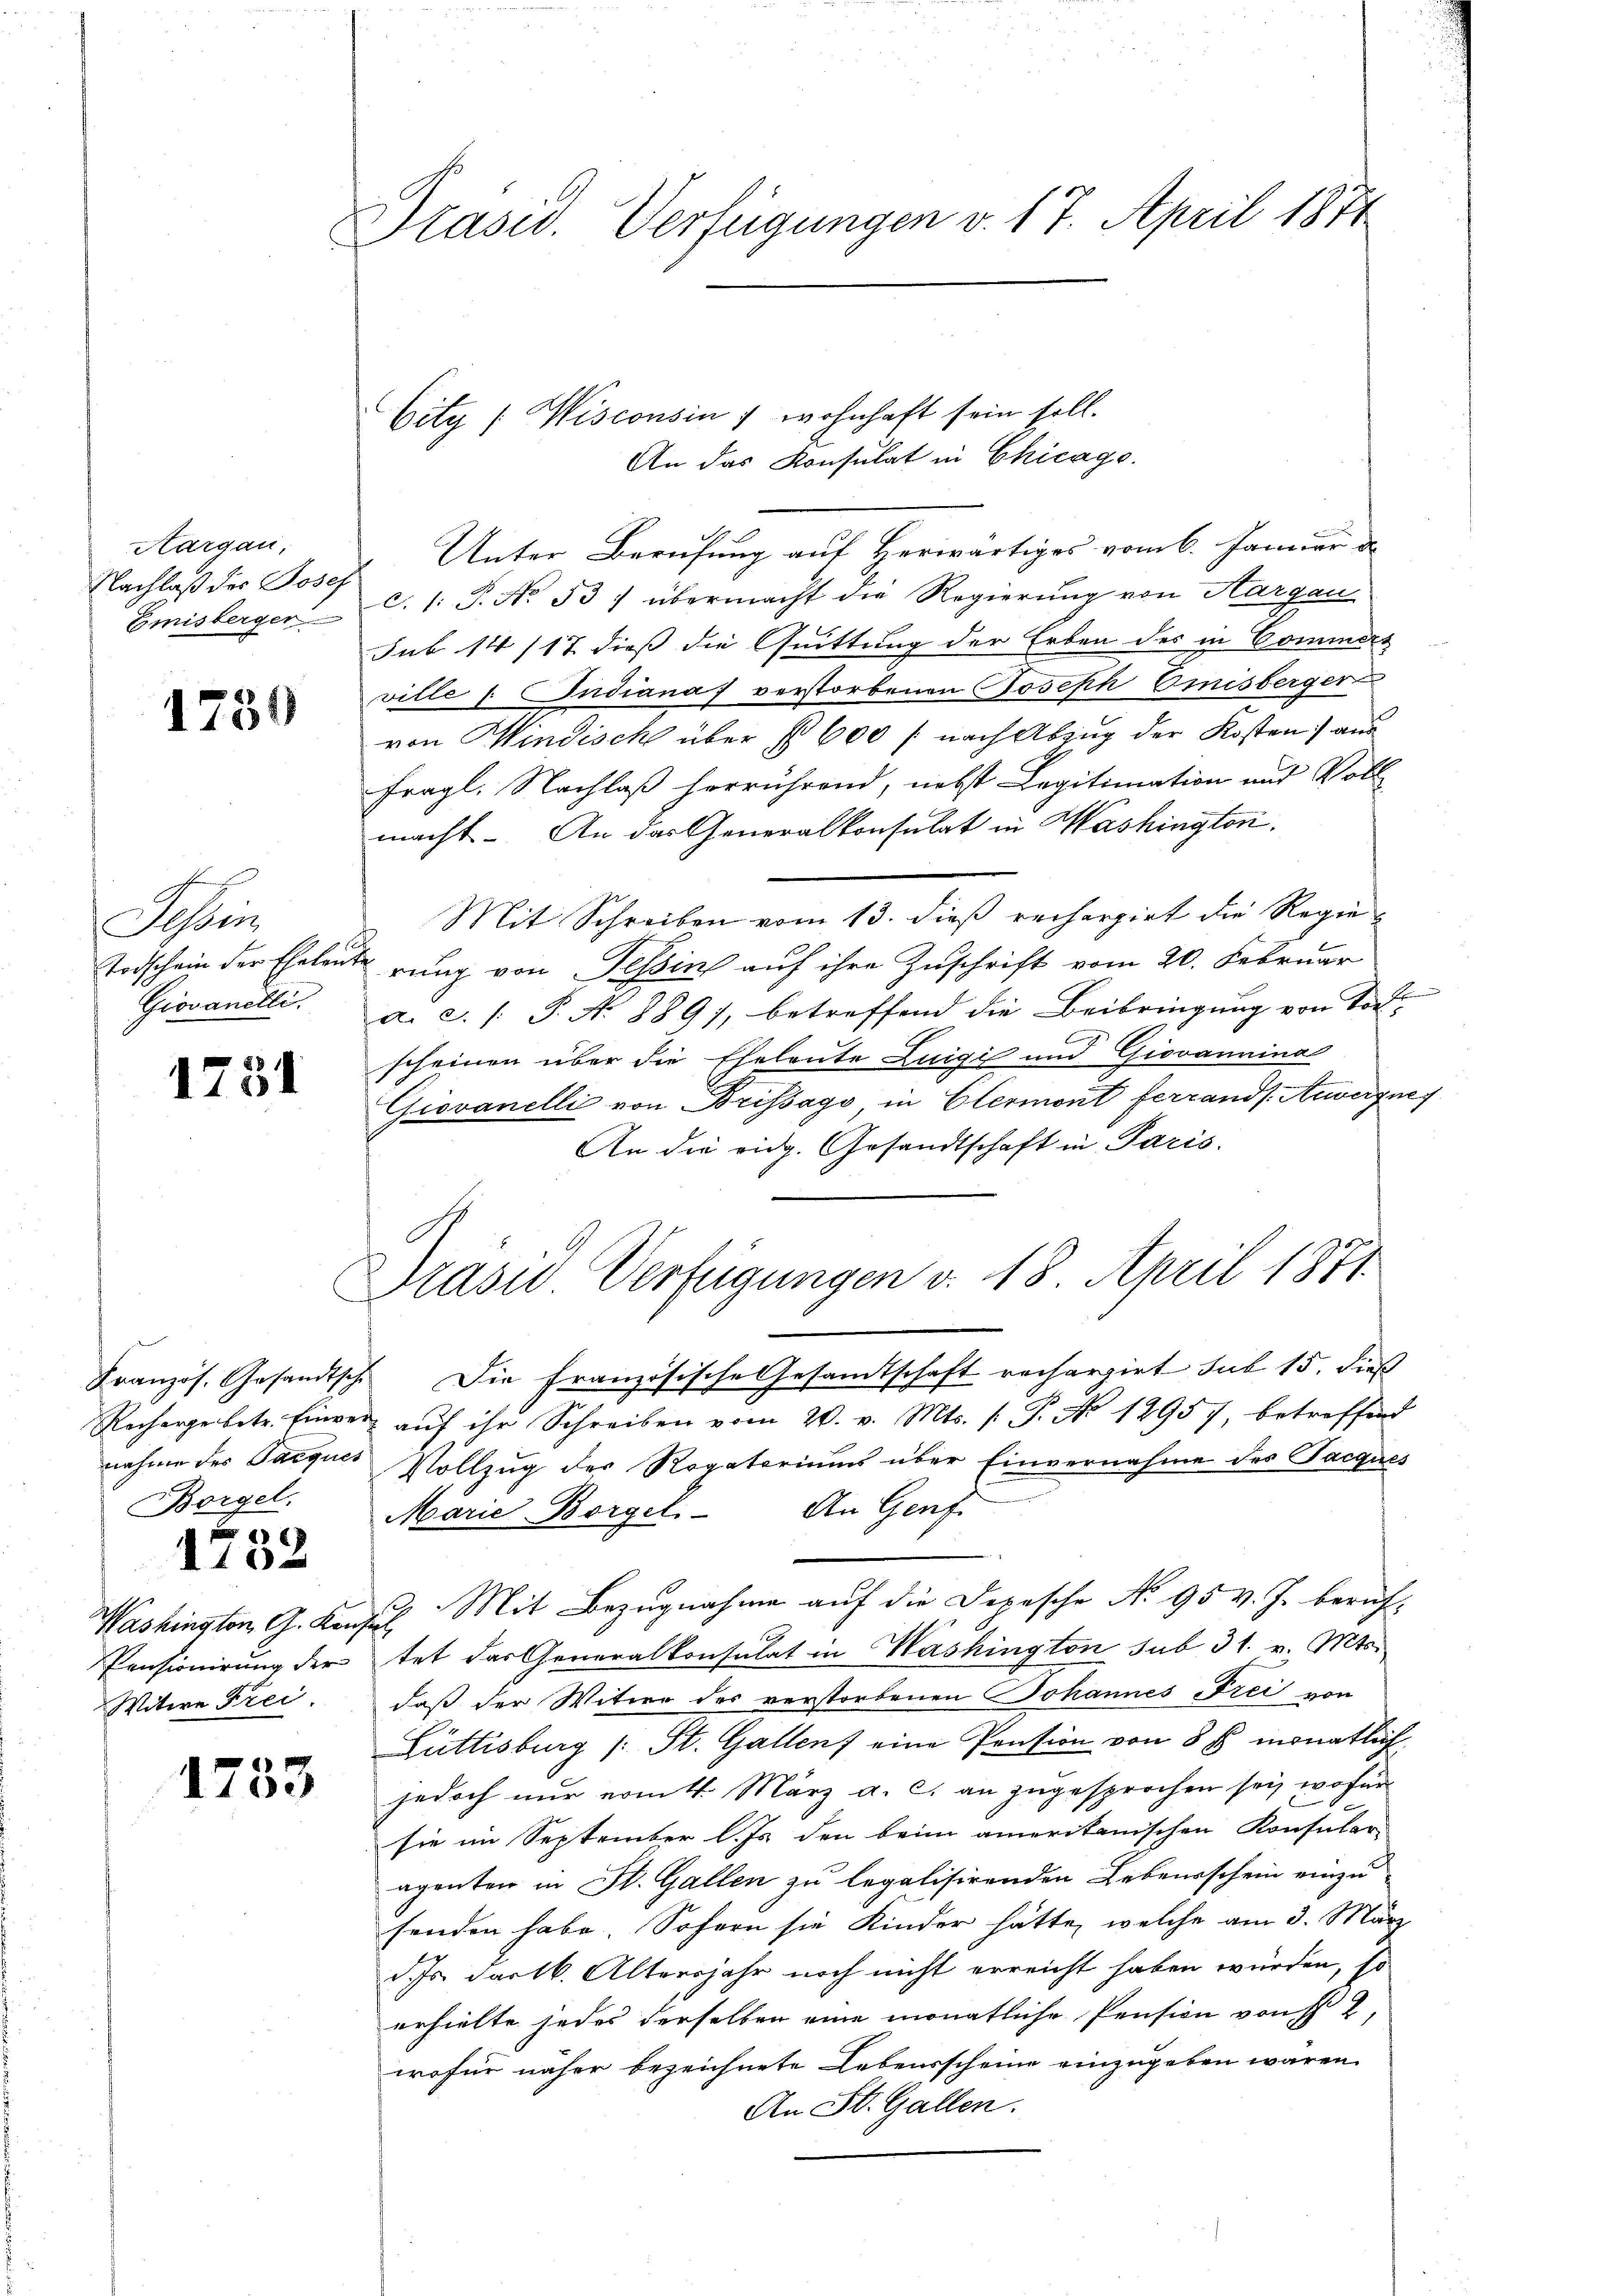
Aargau,
Nachlaß des Josef.
Emisberger

1731

Be
Tessin
Todschein der Eheleu¬
Giovanetti.

1751

Borgel

2
1102

Washington G. Kon
Pensionirung der
Witwe Frei

1733

Präsid. Verfügungen v. 17. April 1874

Präsid Verfügungen v. 18. April 1871.

City (Wisconsin 7 wohnhaft sein soll.
An das Konsulat in Chicago.
Unter Berufung auf Herwärtiges vom 6. Januar d
c.1: P. No 53) übermacht die Regierung von Aargau
Sub 14/17 dieß die Quittung der Erben des in Commert
ville 1. Indiana verstorbenen Joseph Emisberger
von Windisch über § 600 /: nach Abzug der Kosten aus
fragl. Nachlaß herrührend, nebst Legitimation und Voll
macht. An das Generalkonsulat in Washington.
Mit Schreiben vom 13. dieß rechargirt die Regierung von Tessin auf ihre Zuschrift vom 20. Februar
a. c. /: P. Nr. 889), betreffend die Beibringung von Tod
scheinen über die Eheleute Luigi und Giovannina
Giovanelli von Brissago, in Elermont ferrands Anvergnef
An die eidg. Gesandtschaft in Paris.
Französ. Gesandtsch. Die französische Gesandtschaft rechargirt sub 15. dieß
Rechergebetr. Einger aŭf ihr Schreiben vom 20. v. Mts. (T. No 12957, betreffend
nahme des Parques Vollzug des Rogatoriums über Einvernahme des Pacques
Marie Borgel. An Genf.
3. Mit Bezugnahme auf die Depesche No 95 v. J. beruf-
d
tet das Generalkonsulat in Washington sub 31. v. Mts.
daß der Witwe des verstorbenen Johannes Frei von
Güttisburg (: St. Gallen eine Pension von 8 f monatlich,
jedoch nŭr vom 4. März a. c. an zugesprochen sei, wofür
sie im September l. Js. den beim ameritanischen Konsular-
aganten in St. Gallen zu legalisirenden Lebensschein einzusenden habe. Sofern sie Kinder hätte, welche am 3. März
d. Js. dartb. Altersjahr noch nicht erreicht haben würden, so
erhielte jedes derselben eine monatliche Pension von 2,
wofür näher bezeichnete Lebensscheine einzugeben wären.
An St. Gallen.